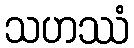
သဟဿံ